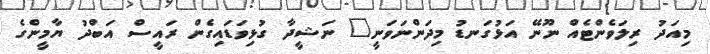
މިއަދު ރިލަވެންޓެއް ނޫނޭ އަޅުގަނޑު މިދަންނަވަނީ" ނަޝީދާ ގުޅިވަޑައިގެން ރައީސް އަބްދު ޔާމީންގެ